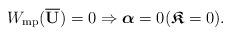
LaTeX: \begin{align*} W_{\rm{mp}}( \overline{ \mathbf{U}})=0\Rightarrow\boldsymbol{\alpha}=0 (\boldsymbol{\mathfrak{K}}=0). \end{align*}